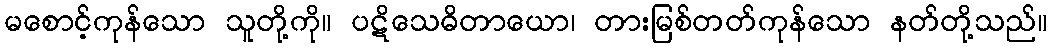
မစောင့်ကုန်သော သူတို့ကို။ ပဋိသေဓိတာယော၊ တားမြစ်တတ်ကုန်သော နတ်တို့သည်။